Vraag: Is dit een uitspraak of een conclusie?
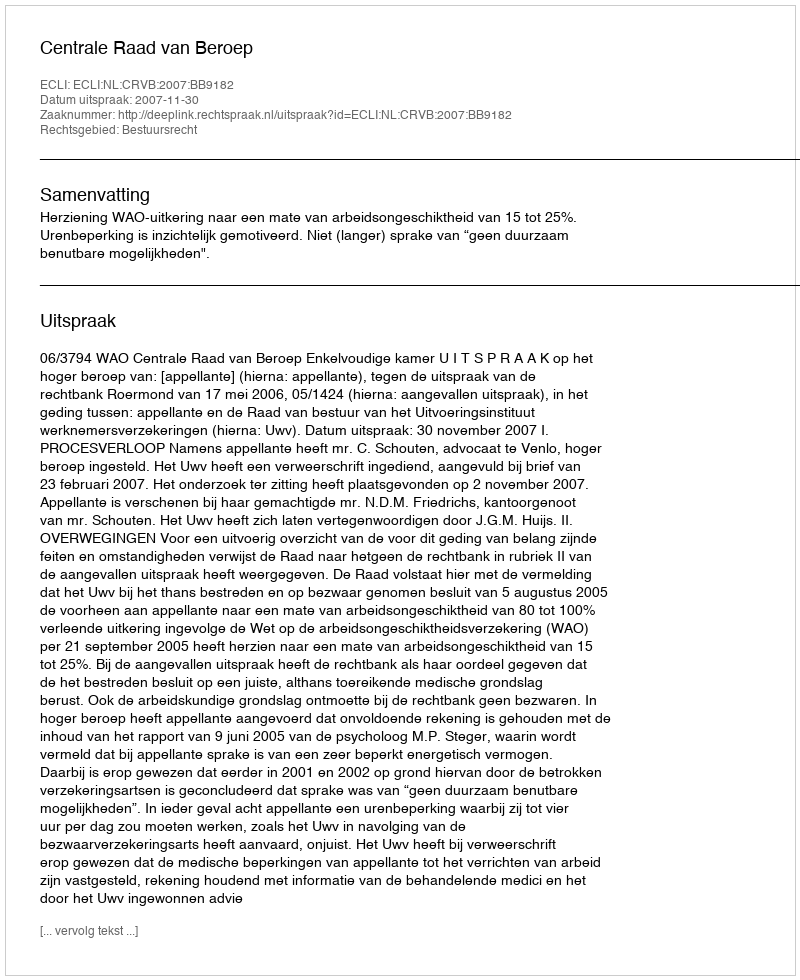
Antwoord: Uitspraak